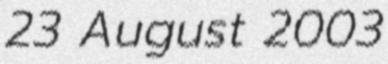
23 August 2003